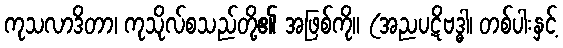
ကုသလာဒိတာ၊ ကုသိုလ်စသည်တို့၏ အဖြစ်ကို။ (အညပဋိဗဒ္ဓါ၊ တစ်ပါးနှင့်